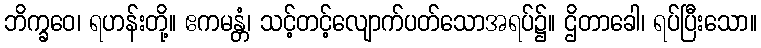
ဘိက္ခဝေ၊ ရဟန်းတို့။ ဧကမန္တံ၊ သင့်တင့်လျောက်ပတ်သောအရပ်၌။ ဌိတာခေါ၊ ရပ်ပြီးသော။